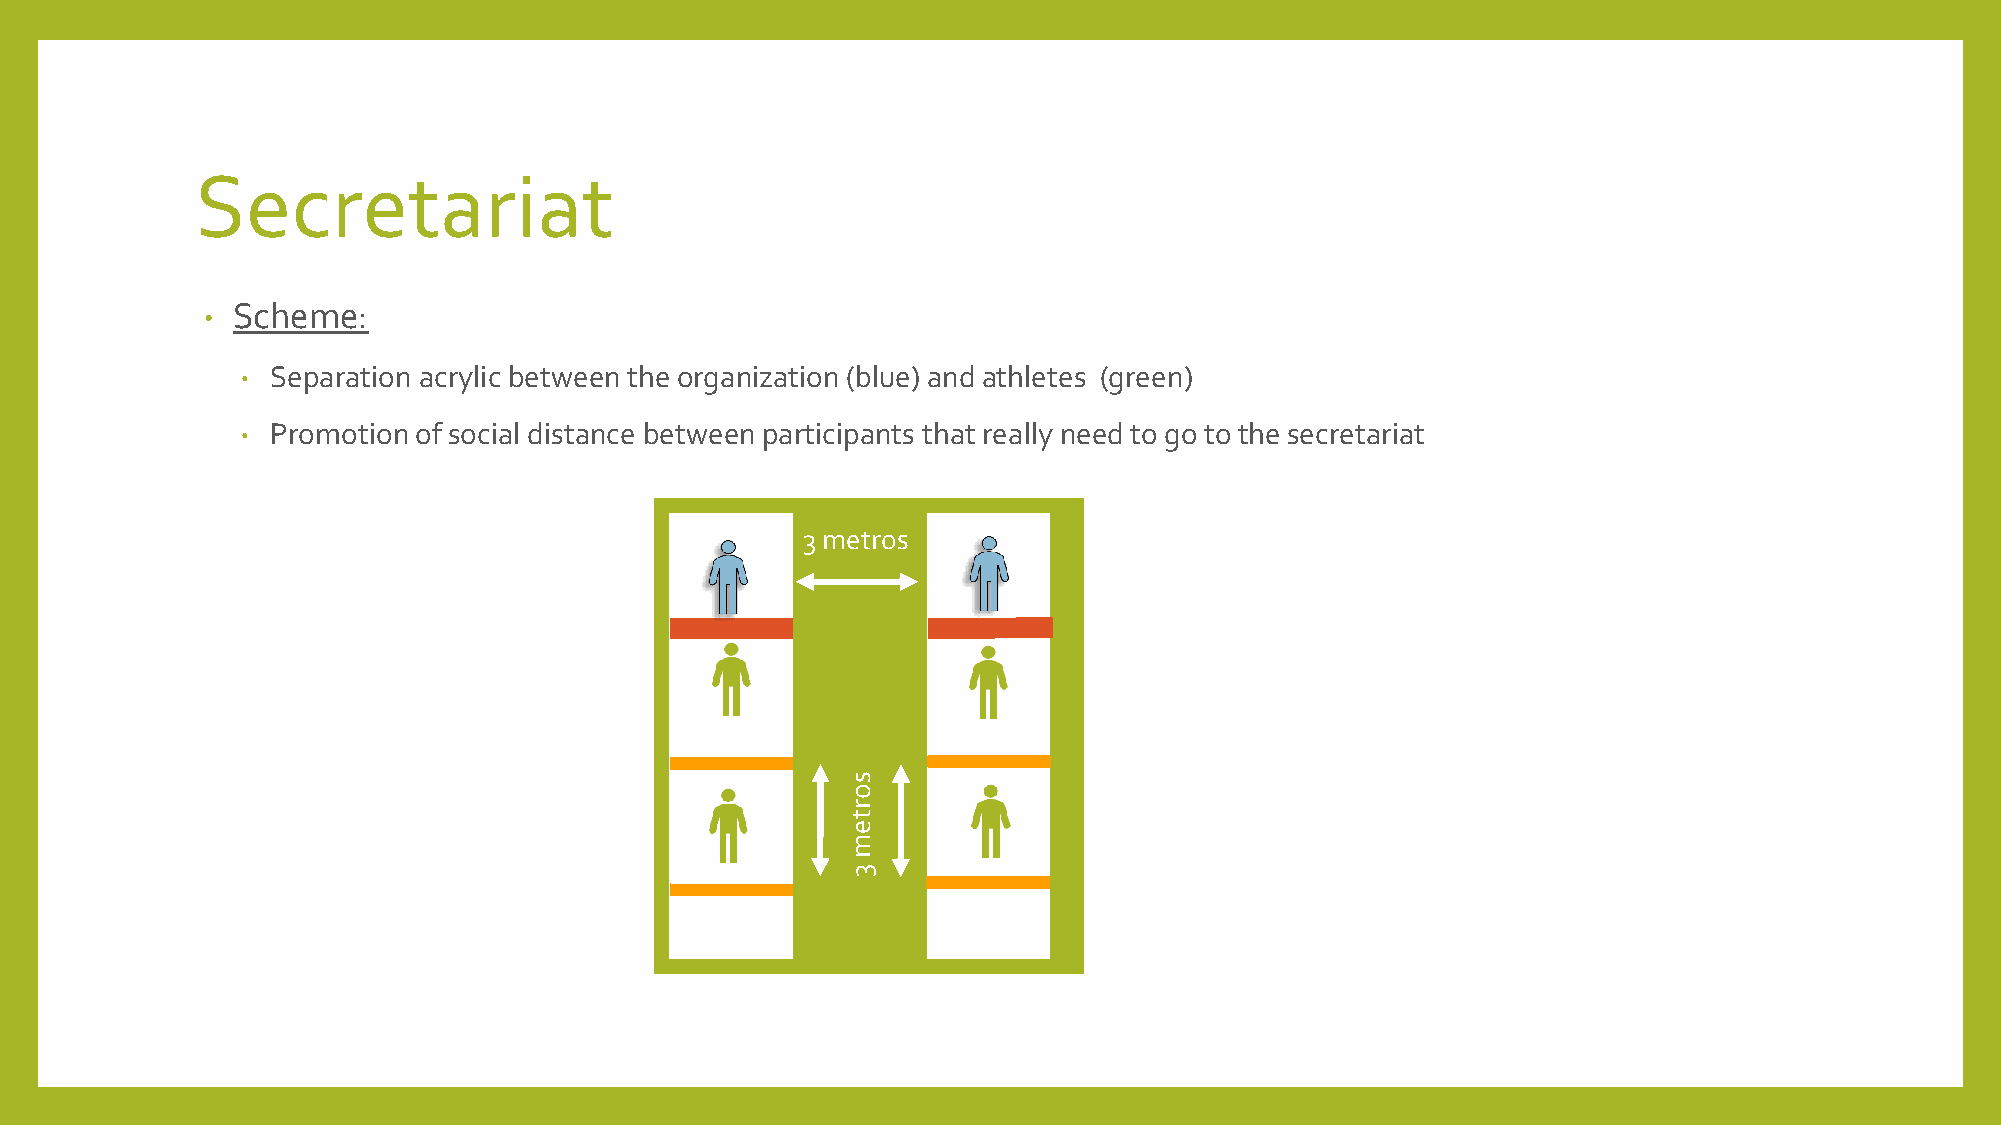
Secretariat
 • Scheme:
 • Separation acrylic between the organization (blue) and athletes (green)
 • Promotionofsocial distance between participants that really need to go to the secretariat
 3 metros
 s
 o
 r
 t
 e
 m
 3